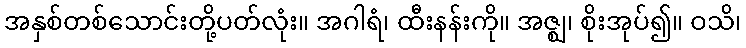
အနှစ်တစ်သောင်းတို့ပတ်လုံး။ အဂါရံ၊ ထီးနန်းကို။ အဇ္ဈ၊ စိုးအုပ်၍။ ဝသိ၊